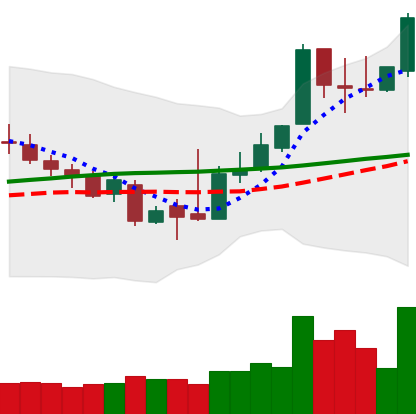
Ticker: XLM-USD
Chart end date: 2018-11-11
Forward return: -12.703%
Label: down_7plus